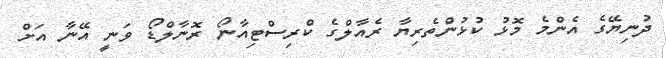
ދުނިޔޭގެ އެންމެ މޮޅު ކުޅުންތެރިޔާ ރެއާލްގެ ކްރިސްޓިއާނޯ ރޮނާލްޑޯ ވަނީ އޭނާ އަށް